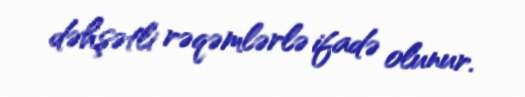
dəhşətli rəqəmlərlə ifadə olunur.